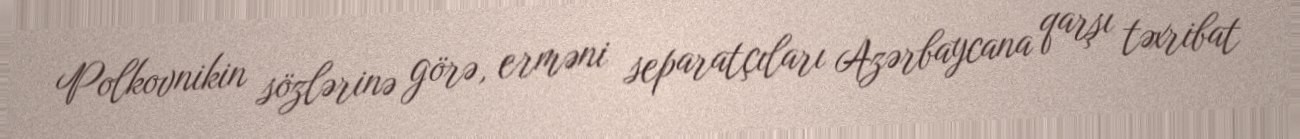
Polkovnikin sözlərinə görə, erməni separatçıları Azərbaycana qarşı təxribat